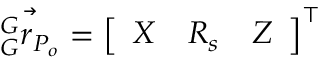
\vec { { } _ { G } ^ { G } r _ { P _ { o } } } = \left[ \begin{array} { l l l } { X } & { R _ { s } } & { Z } \end{array} \right] ^ { \intercal } { }